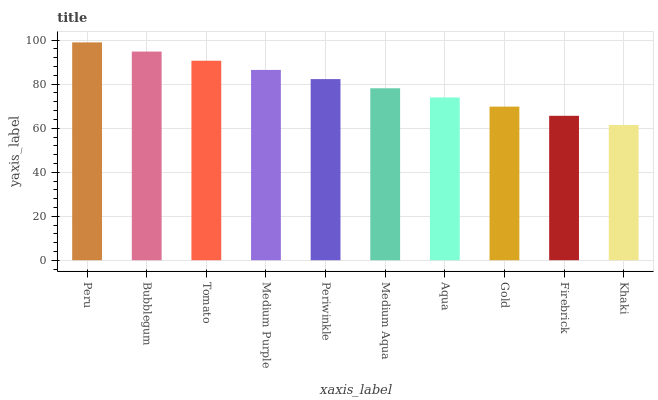
| xaxis_label | bars |
 | --- | --- |
 | Peru | 99 |
 | Bubblegum | 94.8 |
 | Tomato | 90.7 |
 | Medium Purple | 86.5 |
 | Periwinkle | 82.3 |
 | Medium Aqua | 78.1 |
 | Aqua | 74 |
 | Gold | 69.8 |
 | Firebrick | 65.6 |
 | Khaki | 61.5 |